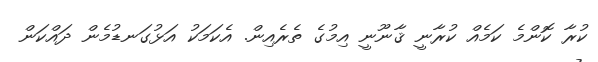
ކުރާ ކޮންމެ ކަމެއް ކުރާނީ ޤާނޫނީ އިމުގެ ތެރެއިން. އެކަމަކު އަޅުގަނޑުމެން ދައްކަން